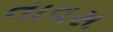
તાવસ